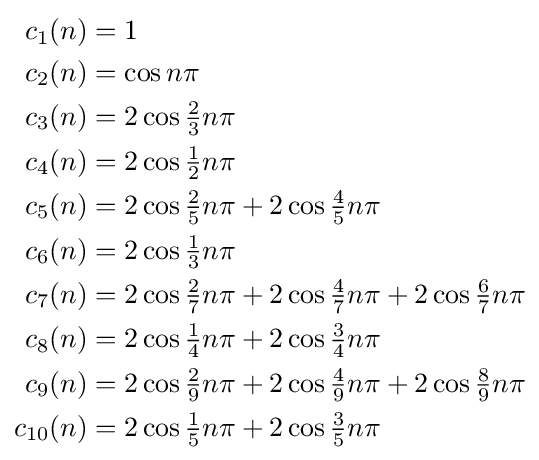
{\begin{aligned}c_{1}(n)&=1\\c_{2}(n)&=\cos n\pi \\c_{3}(n)&=2\cos {\tfrac {2}{3}}n\pi \\c_{4}(n)&=2\cos {\tfrac {1}{2}}n\pi \\c_{5}(n)&=2\cos {\tfrac {2}{5}}n\pi +2\cos {\tfrac {4}{5}}n\pi \\c_{6}(n)&=2\cos {\tfrac {1}{3}}n\pi \\c_{7}(n)&=2\cos {\tfrac {2}{7}}n\pi +2\cos {\tfrac {4}{7}}n\pi +2\cos {\tfrac {6}{7}}n\pi \\c_{8}(n)&=2\cos {\tfrac {1}{4}}n\pi +2\cos {\tfrac {3}{4}}n\pi \\c_{9}(n)&=2\cos {\tfrac {2}{9}}n\pi +2\cos {\tfrac {4}{9}}n\pi +2\cos {\tfrac {8}{9}}n\pi \\c_{10}(n)&=2\cos {\tfrac {1}{5}}n\pi +2\cos {\tfrac {3}{5}}n\pi \\\end{aligned}}